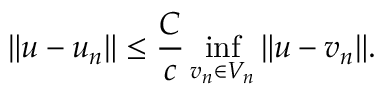
\| u - u _ { n } \| \leq { \frac { C } { c } } \operatorname* { i n f } _ { v _ { n } \in V _ { n } } \| u - v _ { n } \| .